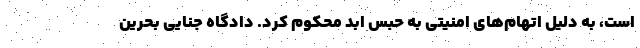
است، به دلیل اتهام‌های امنیتی به حبس ابد محکوم کرد. دادگاه جنایی بحرین